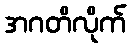
အဂတိလိုက်